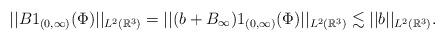
LaTeX: \begin{align*}||B1_{(0,\infty)}(\Phi)||_{L^{2}(\mathbb{R}^{3})}=||(b+B_\infty)1_{(0,\infty)}(\Phi)||_{L^{2}(\mathbb{R}^{3})}\lesssim ||b||_{L^{2}(\mathbb{R}^{3})}.\end{align*}